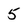
Character: 5